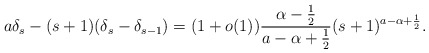
\begin{align*} a \delta_s - (s+1)(\delta_s-\delta_{s-1})=(1+o(1))\frac{\alpha-\frac{1}{2}}{a-\alpha+\frac{1}{2}}(s+1)^{a - \alpha + \frac{1}{2}}.\end{align*}